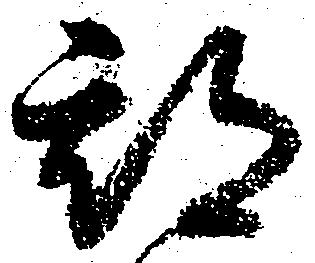
期